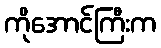
ကိုအောင်ကြီးက